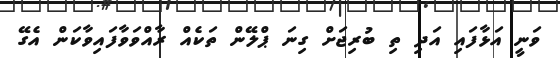
ވަނީ އަޅާފައި އަދި ތި ބުރިޖަށް ގިނަ ޕްލޭން ތަކެއް ރާއްވަވާފައިވާކަން އެގޭ